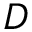
D